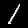
Digit: 1